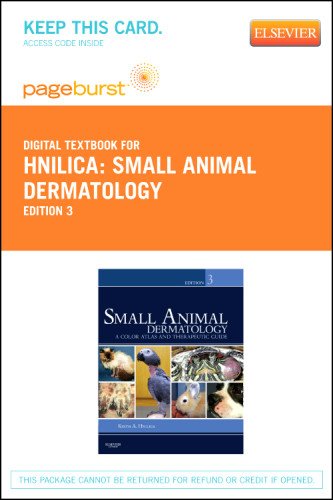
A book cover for Small Animal Dermatology - Pageburst E-Book on VitalSource (Retail Access Card): A Color Atlas and Therapeutic Guide, 3e; Keith A. Hnilica DVM  MS  DACVD  MBA; Medical Books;